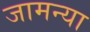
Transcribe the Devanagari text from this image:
जामन्या